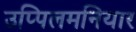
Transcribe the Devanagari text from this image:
उप्पिलमनियार